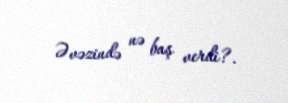
Əvəzində nə baş verdi?.